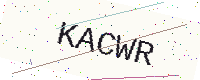
Text: KACWR